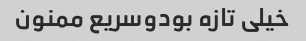
خیلی تازه بودوسریع ممنون